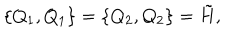
\{ Q _ { 1 } , Q _ { 1 } \} = \{ Q _ { 2 } , Q _ { 2 } \} = \tilde { H } ,